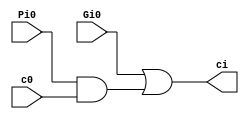
module CarryAndSumCell(ci, c0, Pi0, Gi0);
	input Pi0, Gi0, c0;
	output ci;
	
	assign ci = Gi0 | (Pi0 & c0);
endmodule